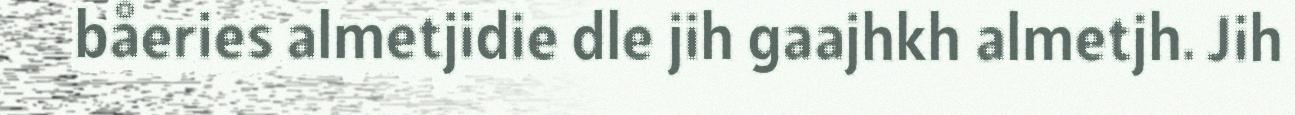
båeries almetjidie dle jih gaajhkh almetjh. Jih